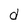
Character: d